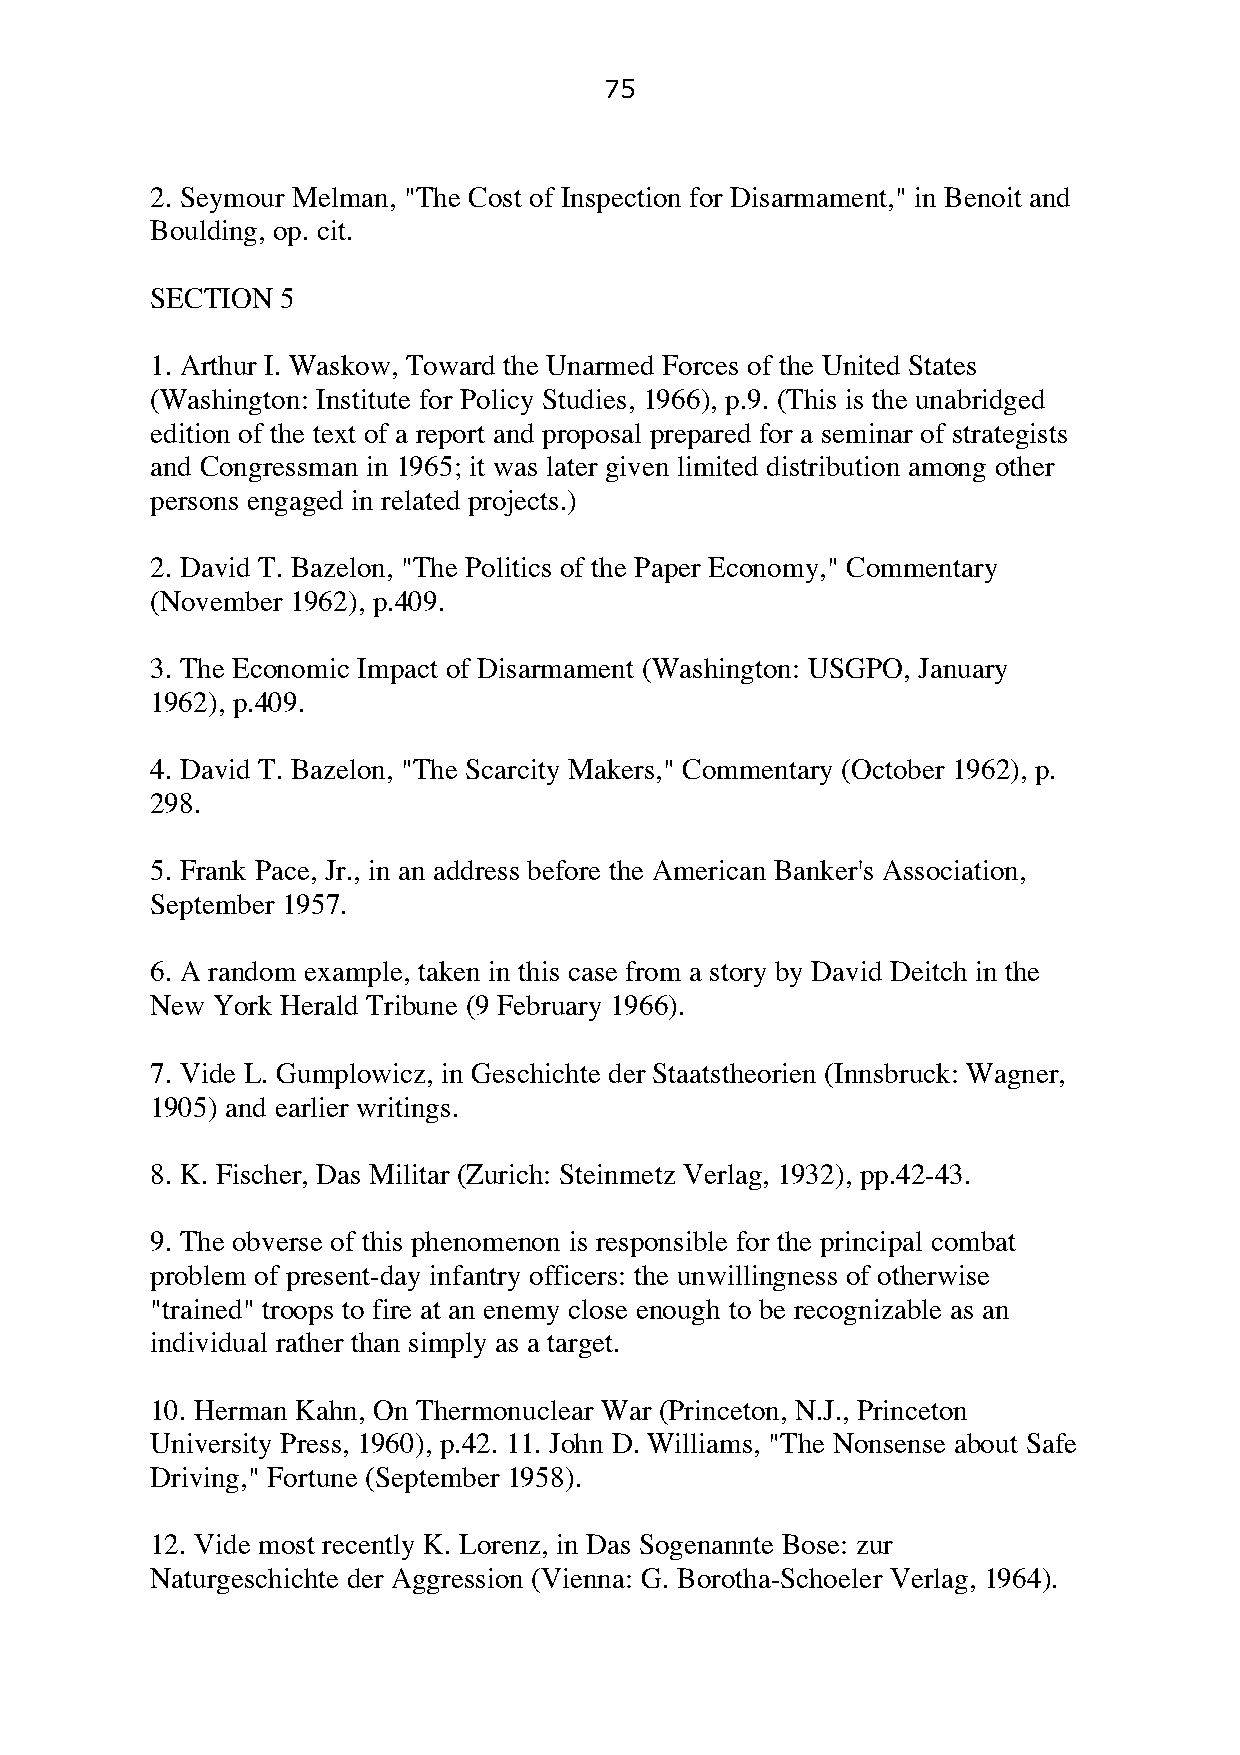
75
 2. Seymour Melman, "The Cost of Inspection for Disarmament," in Benoit and
 Boulding, op. cit.
 SECTION  5
 1. Arthur I. Waskow, Toward the Unarmed Forces of the United States
 (Washington: Institute for Policy Studies, 1966), p.9. (This is the unabridged
 edition of the text of a report and proposal prepared for a seminar of strategists
 and Congressman in 1965; it was later given limited distribution among other
 persons engaged in related projects.)
 2. David T. Bazelon, "The Politics of the Paper Economy," Commentary
 (November 1962), p.409.
 3. The Economic Impact of Disarmament (Washington: USGPO, January
 1962), p.409.
 4. David T. Bazelon, "The Scarcity Makers," Commentary (October 1962), p.
 298.
 5. Frank Pace, Jr., in an address before the American Banker's Association,
 September 1957.
 6. A random example, taken in this case from a story by David Deitch in the
 New York Herald Tribune (9 February 1966).
 7. Vide L. Gumplowicz, in Geschichte der Staatstheorien (Innsbruck: Wagner,
 1905) and earlier writings.
 8. K. Fischer, Das Militar (Zurich: Steinmetz Verlag, 1932), pp.42-43.
 9. The obverse of this phenomenon is responsible for the principal combat
 problem of present-day infantry officers: the unwillingness of otherwise
 "trained" troops to fire at an enemy close enough to be recognizable as an
 individual rather than simply as a target.
 10. Herman Kahn, On Thermonuclear War (Princeton, N.J., Princeton
 University Press, 1960), p.42. 11. John D. Williams, "The Nonsense about Safe
 Driving," Fortune (September 1958).
 12. Vide most recently K. Lorenz, in Das Sogenannte Bose: zur
 Naturgeschichte der Aggression (Vienna: G. Borotha-Schoeler Verlag, 1964).